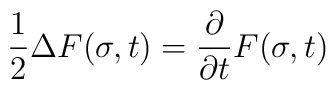
\frac{1}{2} \Delta F(\sigma,t) = \frac{\partial}{\partial t} F(\sigma,t)